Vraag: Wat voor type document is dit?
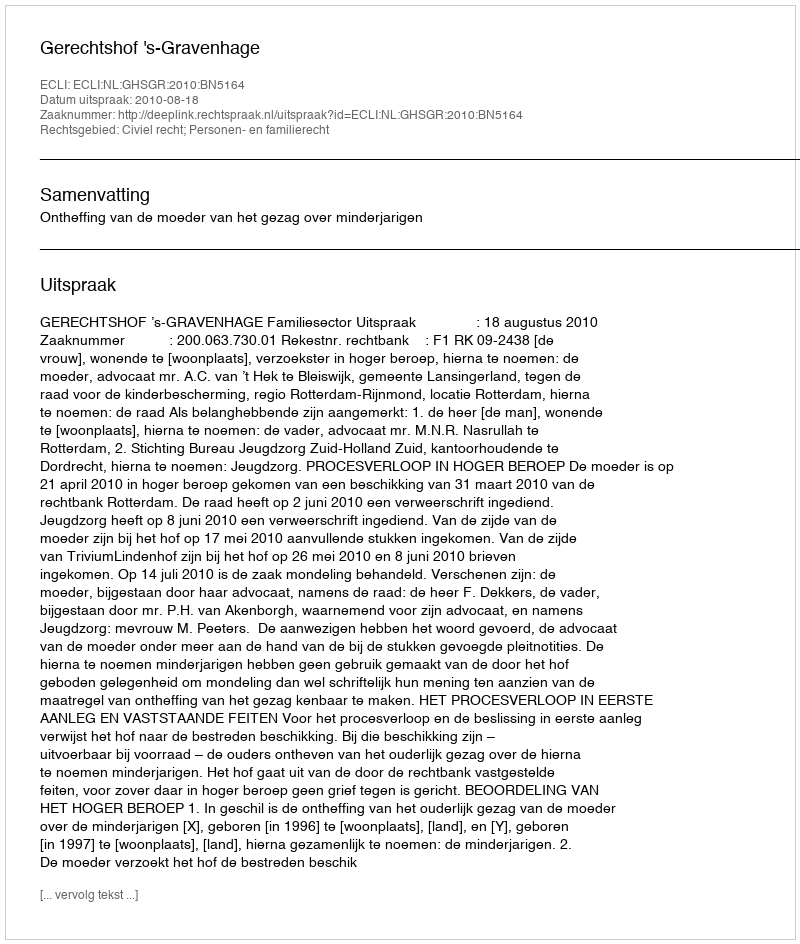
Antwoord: Uitspraak